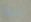
تجارة